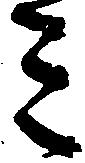
ミ